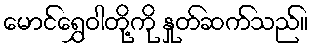
မောင်ရွှေဝါတို့ကို နှုတ်ဆက်သည်။